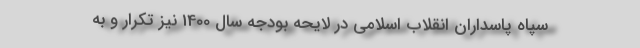
سپاه پاسداران انقلاب اسلامی در لایحه بودجه سال 1400 نیز تکرار و به